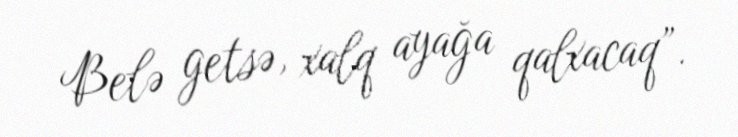
Belə getsə, xalq ayağa qalxacaq”.